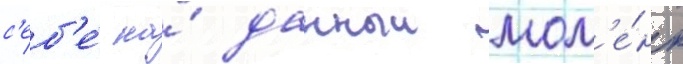
с'еб'е́ на́ данныи мом'е́нт